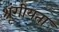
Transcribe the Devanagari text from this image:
श्रृंगीयता